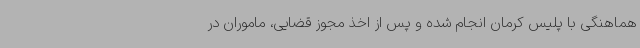
هماهنگی با پلیس کرمان انجام شده و پس از اخذ مجوز قضایی، ماموران در